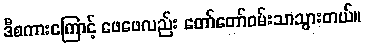
ဒီစကားကြောင့် ဖေဖေလည်း တော်တော်ဝမ်းသာသွားတယ်။